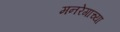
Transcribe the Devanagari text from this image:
मनरेगाच्या